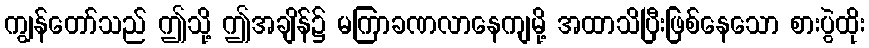
ကျွန်တော်သည် ဤသို့ ဤအချိန်၌ မကြာခဏလာနေကျမို့ အထာသိပြီးဖြစ်နေသော စားပွဲထိုး